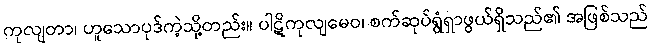
ကုလျတာ၊ ဟူသောပုဒ်ကဲ့သို့တည်း။ ပါဋိကုလျမေဝ၊ စက်ဆုပ်ရွံရှာဖွယ်ရှိသည်၏ အဖြစ်သည်